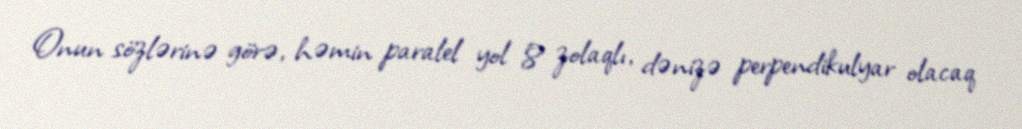
Onun sözlərinə görə, həmin paralel yol 8 zolaqlı, dənizə perpendikulyar olacaq